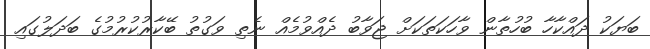
ބަޔަކު ދައްކާހާ ބުހުތާން ވާހަކަތަކަށް ޖަވާބު ދެއްވުމެއް ނެތި ވަގުތު ބޭކާރުކުރުމުގެ ބަދަލުގައި